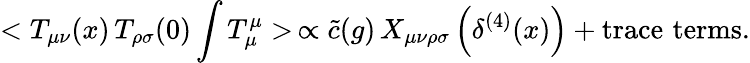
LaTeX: <T_{\mu\nu}(x)\, T_{\rho\sigma}(0)\int T_{\mu}^{\mu}>\, \propto\tilde{c}(g)\, X_{\mu\nu\rho\sigma}\left(\delta^{(4)}(x)\right)+\mathrm{trace\, \, terms.}